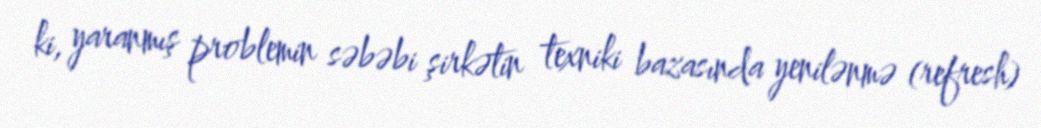
ki, yaranmış problemin səbəbi şirkətin texniki bazasında yenilənmə (refresh)